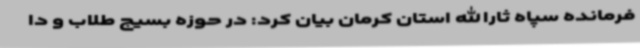
فرمانده سپاه ثارالله استان کرمان بیان کرد: در حوزه بسیج طلاب و دا